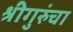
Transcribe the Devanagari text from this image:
श्रीगुरुंचा